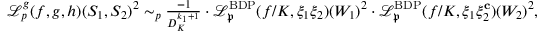
\begin{array} { r } { \mathscr { L } _ { p } ^ { { \boldsymbol { g } } } ( f , { \boldsymbol { g } } , { \boldsymbol { h } } ) ( S _ { 1 } , S _ { 2 } ) ^ { 2 } \sim _ { p } \frac { - 1 } { D _ { K } ^ { k _ { 1 } + 1 } } \cdot \mathscr { L } _ { \mathfrak { p } } ^ { \mathrm { B D P } } ( f / K , \xi _ { 1 } \xi _ { 2 } ) ( W _ { 1 } ) ^ { 2 } \cdot \mathscr { L } _ { \mathfrak { p } } ^ { \mathrm { B D P } } ( f / K , \xi _ { 1 } \xi _ { 2 } ^ { \mathbf { c } } ) ( W _ { 2 } ) ^ { 2 } , } \end{array}